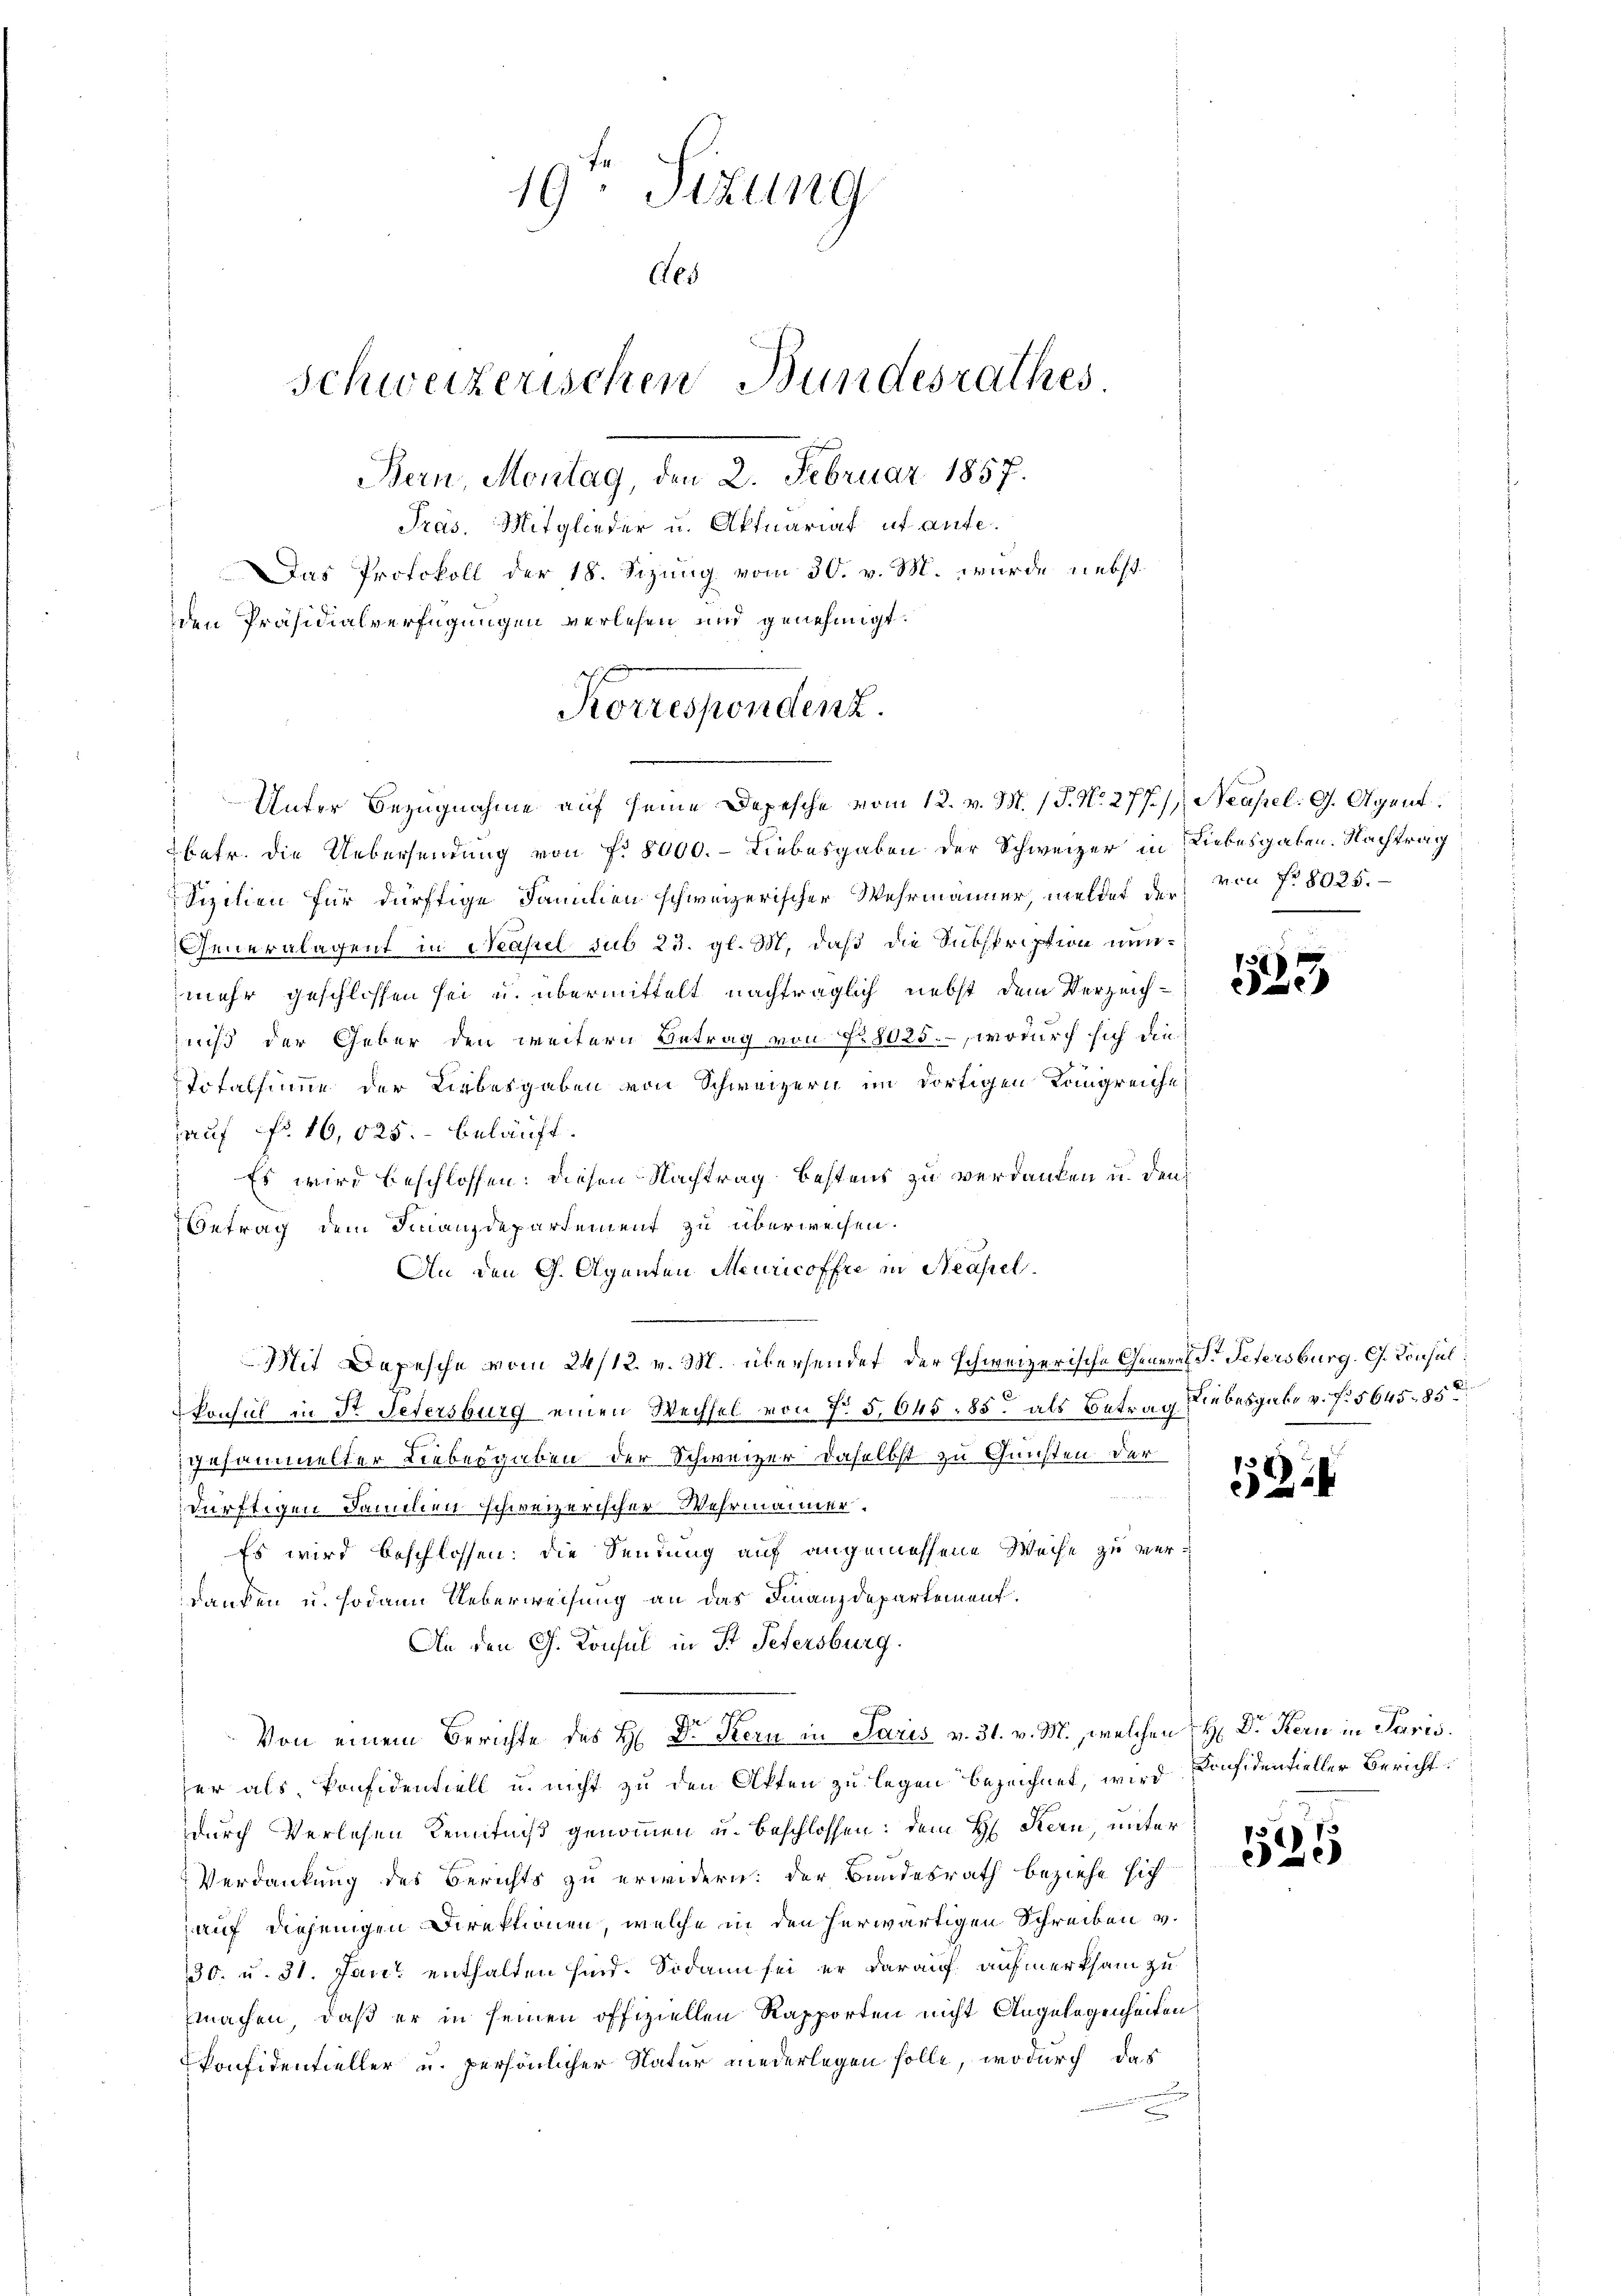
19. Sizung
Ges
Schweizerischen Bundesrathes.
Bern, Montag, den 2. Februar 1857.
Präs. Mitglieder u. Aktuariat ut anfe.
Das Protokoll der 18. Sizung vom 30. v. M. wurde nebst
den Präsidialverfügungen verlesen und genehmigt.

betr. die Uebersendung von f. 8000. - Liebesgaben der Schweizer in Liebesgaben. Nachtrag
Sizilien für dürftige Familien schweizerischer Wehrmänner, meldet der von Nr. 8025.
Generalagent in Neapel sub 23. gl. M. daß die Subspription nunmehr geschlossen sei u. übermittelt nachträglich nebst dem Verzeich-
niß der Geber den weitern Betrag von Fr. 8025., wodurch sich die
Totalsumme der Liebesgaben von Schweizern im dortigen Kongreiche
auf No 16,025.- beläuft.
Es wird beschlossen: diesen Nachtrag bestens zu verdanken u. den
Betrag dem Finanzdepartement zu überweisen.
An den G. Aganten Meuricoffre in Neapel.
Mit Depesche vom 24/12. v. M. übersendet der schweizerische General S. Petersburg. G. Konsul
konsul in Dr. Petersburg einen Wechsel von Fr. 5, 645, 85, als Betrag Liebesgabe v. f. 5645. 85
zusammelter Liebergaben der Schweizer daselbst zu Gunsten der

dürftigen Familien schweizerischer Wehrmanner.
Es wird beschlossen: die Sendung auf angemessene Weise zu verdanken u. sodann Ueberweisung an das Finanzdepartement.
An den G. Konsul in St. Petersburg.
.
Von einem Berichte des H. Dr Kern in Paris v. 31. v. M., welchen H: Dr. Kern in Paris.
her als konfidentiell u. nicht zu den Akten zu legen bezeichnet, wird Considentieller Bericht
durch Verlesen Kenntniß genommen u. beschlossen: dem H Kern, unter
Verdankung des Berichts zu erwidern: der Bundesrath beziehe sich
auf diejenigen Direktionen, welche in den herwärtigen Schreiben v.
30. u. 31. Jan. enthalten sind. Sodann sei er darauf aufmerksam zu
machen, daß er in seinen offiziellen Rapporten nicht Angelegenheiten
konfidentieller u. persönlicher Natur niederlegen solle, wodurch das
2

Korrespondenz.
Unter Bezugnahme auf seine Depesche vom 12. v. M. P. Nr. 277) Neapel. G. Agent

533

15254

Pu
25